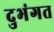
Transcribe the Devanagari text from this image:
दुभंगत